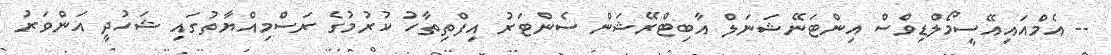
-- އެމްއައިއޭސީމޯލްޑިވްސް އިންޓަނޭޝަނަލް އާބިޓްރޭޝަން ސެންޓަރު އިފްތިތާހު ކުރުމުގެ ރަސްމިއްޔާތުގައި ޝަހުދީ އަންވަރު